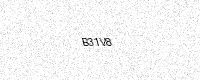
Text: B31V8